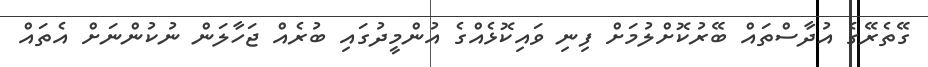
ގޭތެރޭގެ އުދާސްތައް ބޭރުކޮށްލުމަށް ފިނި ވައިކޮޅެއްގެ އުންމީދުގައި ބުރެއް ޖަހާލަން ނުކުންނަށް އެތައް